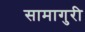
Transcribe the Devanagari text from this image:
सामागुरी